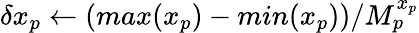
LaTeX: \delta x_{p}\gets(max(x_{p})-min(x_{p}))/M_{p}^{x_{p}}